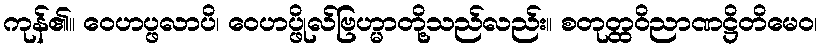
ကုန်၏။ ဝေဟပ္ဖလာပိ၊ ဝေဟပ္ဖိုလ်ဗြဟ္မာတို့သည်လည်း။ စတုတ္ထဝိညာဏဋ္ဌိတိမေဝ၊